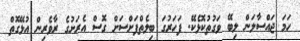
ހަމަ ޖައްސާލަން ލިބޭ ވަގުތުކޮޅެކޭ. ފަހަރުގަ ބިލެތްފަށްސަށް ގޮސް އެރަށުގެ ރާވެރިން އުޅޭގޮތް